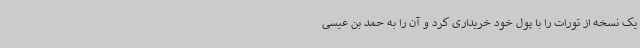
یک نسخه از تورات را با پول خود خریداری کرد و آن را به حمد بن عیسی